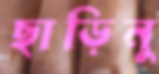
ছাড়িনু